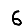
Digit: 6